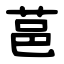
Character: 䓃